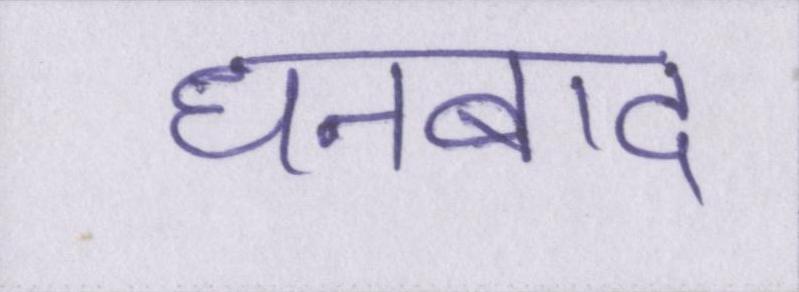
धनबाद